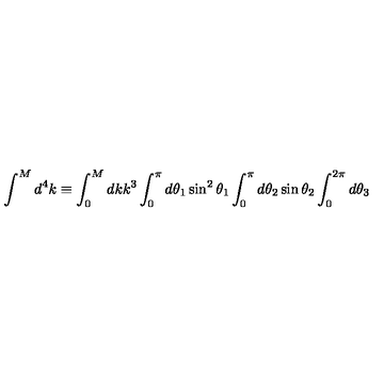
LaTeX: \int ^ { M } d ^ { 4 } k \equiv \int _ { 0 } ^ { M } d k k ^ { 3 } \int _ { 0 } ^ { \pi } d \theta _ { 1 } \sin ^ { 2 } \theta _ { 1 } \int _ { 0 } ^ { \pi } d \theta _ { 2 } \sin \theta _ { 2 } \int _ { 0 } ^ { 2 \pi } d \theta _ { 3 }